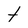
Character: t